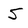
Character: 5